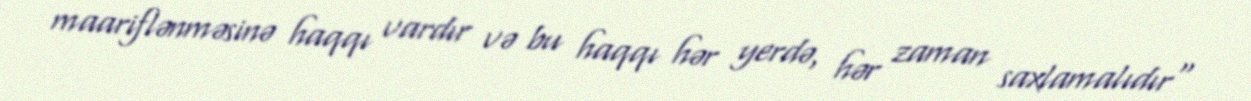
maariflənməsinə haqqı vardır və bu haqqı hər yerdə, hər zaman saxlamalıdır"